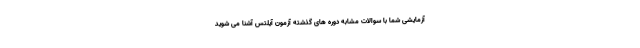
آزمایشی شما با سوالات مشابه دوره های گذشته آزمون آیلتس آشنا می شوید